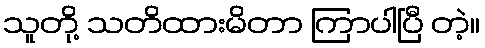
သူတို့ သတိထားမိတာ ကြာပါပြီ တဲ့။